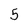
Character: 5